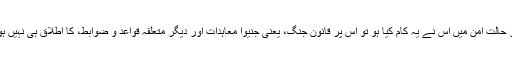
اگر حالتِ امن میں اس نے یہ کام کیا ہو تو اس پر قانونِ جنگ، یعنی جنیوا معاہدات اور دیگر متعلقہ قواعد و ضوابط، کا اطلاق ہی نہیں ہوتا۔